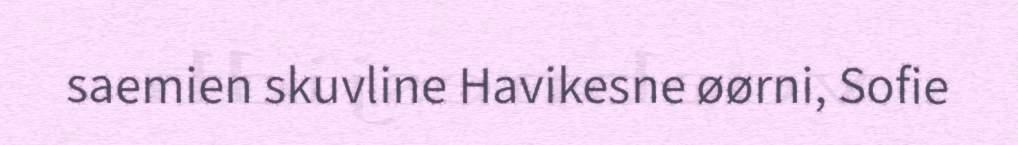
saemien skuvline Havikesne øørni, Sofie